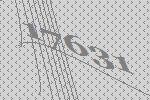
17631